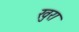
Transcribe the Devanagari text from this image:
खुरा